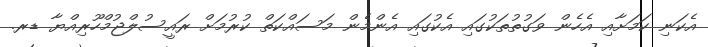
އެކަނި ކަމަށާއި އެހެން ވަގުތުތަކުގައި އެކުގައި އެންމެން މަސައްކަތް ކުރުމަށް ރައީސުލްޖުމްހޫރިއްޔާ ޑރ.